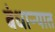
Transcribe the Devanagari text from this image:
बंधाऱ्यात